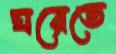
ঘরেতে